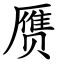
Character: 赝